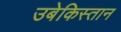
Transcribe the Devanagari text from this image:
उबेकिस्तान